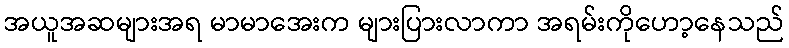
အယူအဆများအရ မာမာအေးက များပြားလာကာ အရမ်းကိုဟော့နေသည်